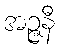
အဉ္ဇနီ